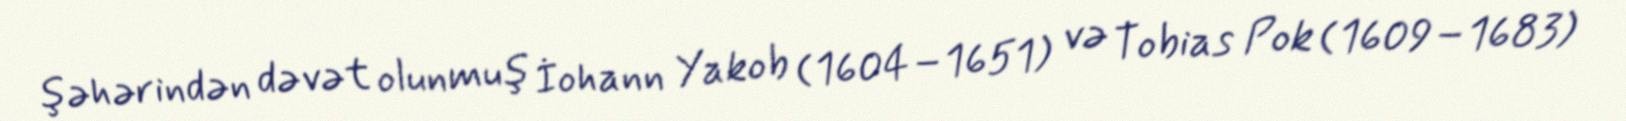
şəhərindən dəvət olunmuş İohann Yakob (1604–1651) və Tobias Pok (1609–1683)